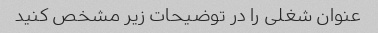
عنوان شغلی را در توضیحات زیر مشخص کنید